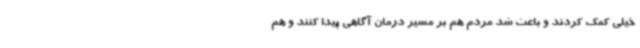
خیلی کمک کردند و باعث شد مردم هم بر مسیر درمان آگاهی پیدا کنند و هم